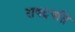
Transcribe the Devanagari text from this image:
राषट्रपति